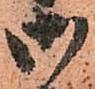
御